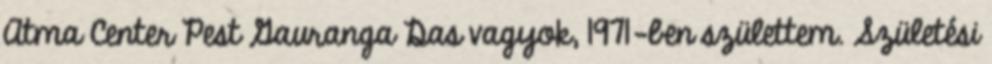
Atma Center Pest Gauranga Das vagyok, 1971-ben születtem. Születési